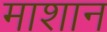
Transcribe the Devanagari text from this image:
माशान